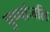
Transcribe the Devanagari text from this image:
पुप्पांजलि